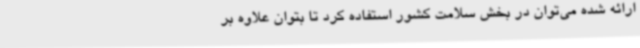
ارائه شده می‌توان در بخش سلامت کشور استفاده کرد تا بتوان علاوه بر